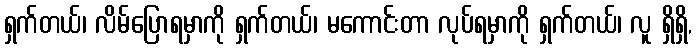
ရှက်တယ်၊ လိမ်ပြောရမှာကို ရှက်တယ်၊ မကောင်းတာ လုပ်ရမှာကို ရှက်တယ်၊ လူ ရှိရှိ,